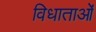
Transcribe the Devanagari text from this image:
विधाताओं